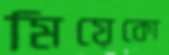
মিয়েকো